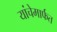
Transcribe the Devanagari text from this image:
यांचेमार्फत